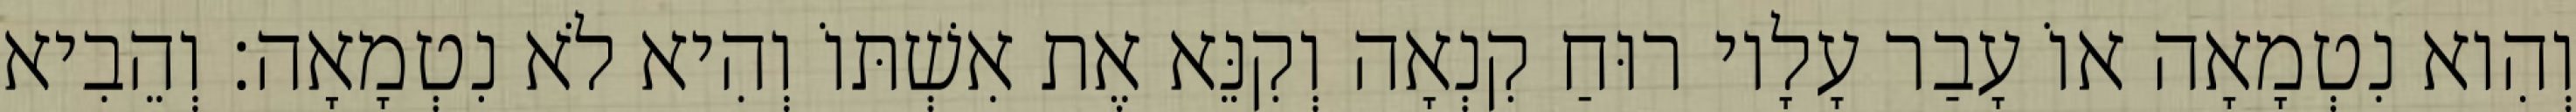
וְהִוא נִטְמָאָה אוֹ עָבַר עָלָיו רוּחַ קִנְאָה וְקִנֵּא אֶת אִשְׁתּוֹ וְהִיא לֹא נִטְמָאָה׃ וְהֵבִיא